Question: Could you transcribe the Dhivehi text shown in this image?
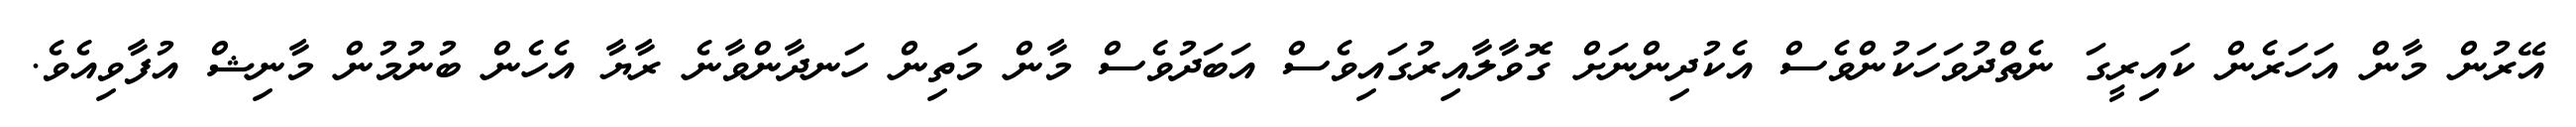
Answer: އޭރުން މާން އަހަރެން ކައިރީގަ ނެތްދުވަހަކުންވެސް އެކުދިންނަށް ގޮވާލާއިރުގައިވެސް އަބަދުވެސް މާން މަތިން ހަނދާންވާނެ ރާޔާ އެހެން ބުނުމުން މާނިޝް އުފާވިއެވެ.